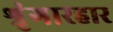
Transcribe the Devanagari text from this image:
श्रृंगारहार